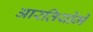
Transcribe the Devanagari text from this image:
आरतियोंमें